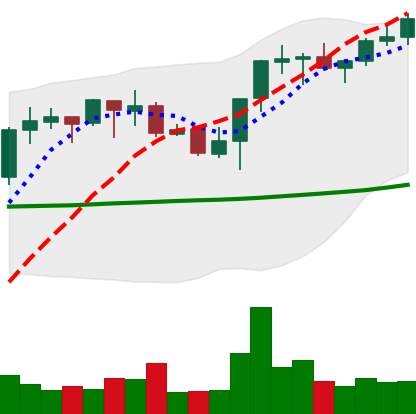
Ticker: BNB-USD
Chart end date: 2021-10-20
Forward return: -3.268%
Label: down_3_5